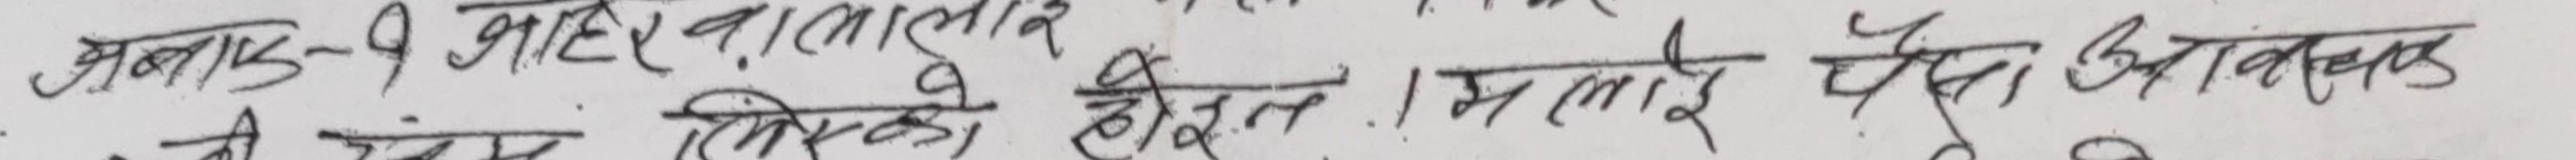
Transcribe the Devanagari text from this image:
अनुसार 9 आहर बालारहेको
चीजसंग लिएको होइन । मलाई चैँ अगावड